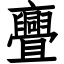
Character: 亹